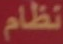
نظام